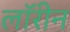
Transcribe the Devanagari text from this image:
लॉरीन